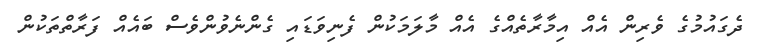
ދެގައުމުގެ ވެރިން އެއް އިމާރާތެއްގެ އެއް މާލަމަކުން ފެނިވަޑައި ގެންނެވުންވެސް ބައެއް ފަރާތްތަކުން